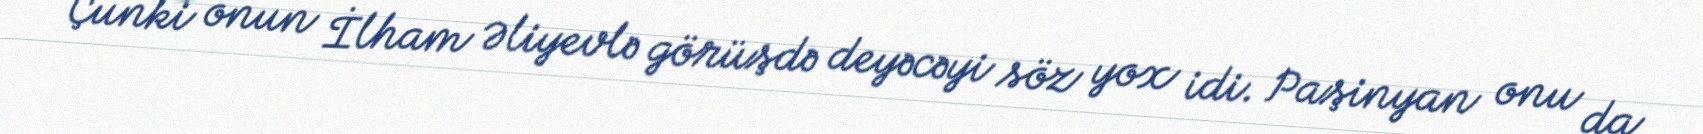
Çünki onun İlham Əliyevlə görüşdə deyəcəyi söz yox idi. Paşinyan onu da